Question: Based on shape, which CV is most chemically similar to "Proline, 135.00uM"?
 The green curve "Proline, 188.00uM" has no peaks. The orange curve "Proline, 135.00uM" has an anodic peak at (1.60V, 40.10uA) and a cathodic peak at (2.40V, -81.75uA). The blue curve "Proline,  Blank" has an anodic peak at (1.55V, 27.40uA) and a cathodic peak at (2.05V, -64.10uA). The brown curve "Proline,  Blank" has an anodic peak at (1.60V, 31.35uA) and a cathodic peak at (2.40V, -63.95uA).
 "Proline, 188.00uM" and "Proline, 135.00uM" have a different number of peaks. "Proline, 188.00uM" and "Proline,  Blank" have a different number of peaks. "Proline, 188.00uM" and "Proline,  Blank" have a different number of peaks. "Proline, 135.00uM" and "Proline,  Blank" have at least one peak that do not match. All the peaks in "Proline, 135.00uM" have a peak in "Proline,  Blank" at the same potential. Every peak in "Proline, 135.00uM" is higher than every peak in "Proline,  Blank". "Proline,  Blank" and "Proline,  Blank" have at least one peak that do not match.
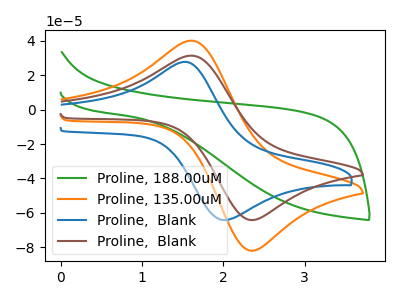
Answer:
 <answer>The CV with the most similar shape to "Proline,  Blank" is "Proline, 135.00uM".</answer>
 <eval>"Proline, 135.00uM"</eval>